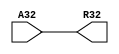
module complex_mult_twiddle_wn0_32b(
  A32,
  R32
  );
  
  input  [31:0] A32;
  output [31:0] R32;
  
  wire   [31:0] A32;
  wire   [31:0] R32;

  assign R32 = A32;

endmodule